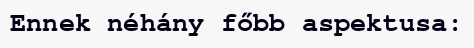
Ennek néhány főbb aspektusa: